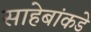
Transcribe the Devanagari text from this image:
साहेबांकडे